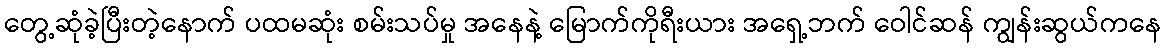
တွေ့ဆုံခဲ့ပြီးတဲ့နောက် ပထမဆုံး စမ်းသပ်မှု အနေနဲ့ မြောက်ကိုရီးယား အရှေ့ဘက် ဝေါင်ဆန် ကျွန်းဆွယ်ကနေ